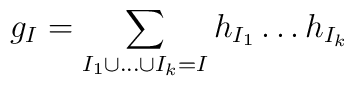
g_{I}=\sum_{I_{1}\cup\dots\cup I_{k}=I}h_{I_{1}}\dots h_{I_{k}}\,